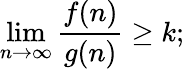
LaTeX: \operatorname*{lim}_{n\to\infty}\frac{f(n)}{g(n)}\geq k;